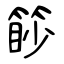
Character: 篎